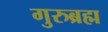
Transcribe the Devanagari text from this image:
गुरुब्रह्म